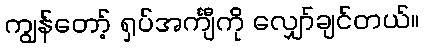
ကျွန်တော့် ရှပ်အင်္ကျီကို လျှော်ချင်တယ်။